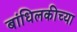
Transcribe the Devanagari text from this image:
बांधिलकीच्या